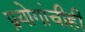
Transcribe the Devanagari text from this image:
प्रयोगांचीही